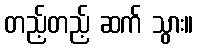
တည့်တည့် ဆက် သွား။